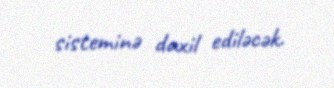
sisteminə daxil ediləcək.